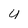
Character: U